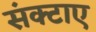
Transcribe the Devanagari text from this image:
संक्टाए